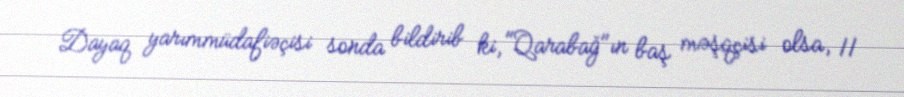
Dayaq yarımmüdafiəçisi sonda bildirib ki, "Qarabağ"ın baş məşqçisi olsa, 11